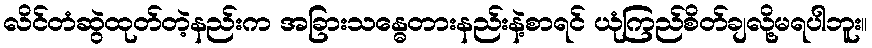
လိင်တံဆွဲထုတ်တဲ့နည်းက အခြားသန္ဓေတားနည်းနဲ့စာရင် ယုံကြည်စိတ်ချလို့မရပါဘူး။